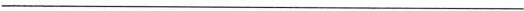
___